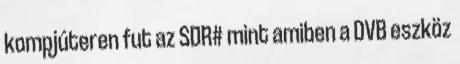
kompjúteren fut az SDR# mint amiben a DVB eszköz